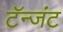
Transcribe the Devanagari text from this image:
टॅन्जंट